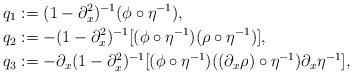
LaTeX: \begin{align*}q_1&:= (1-\partial_x^2)^{-1}(\phi \circ \eta^{-1}),\\q_2&:= -(1-\partial_x^2)^{-1}[(\phi \circ \eta^{-1})(\rho \circ \eta^{-1})],\\q_3&:= -\partial_x(1-\partial_x^2)^{-1}[(\phi\circ\eta^{-1})((\partial_x\rho) \circ \eta^{-1})\partial_x \eta^{-1}],\end{align*}